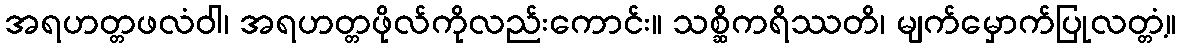
အရဟတ္တဖလံဝါ၊ အရဟတ္တဖိုလ်ကိုလည်းကောင်း။ သစ္ဆိကရိဿတိ၊ မျက်မှောက်ပြုလတ္တံ့။